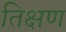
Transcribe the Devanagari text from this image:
तिक्षण